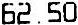
62.50